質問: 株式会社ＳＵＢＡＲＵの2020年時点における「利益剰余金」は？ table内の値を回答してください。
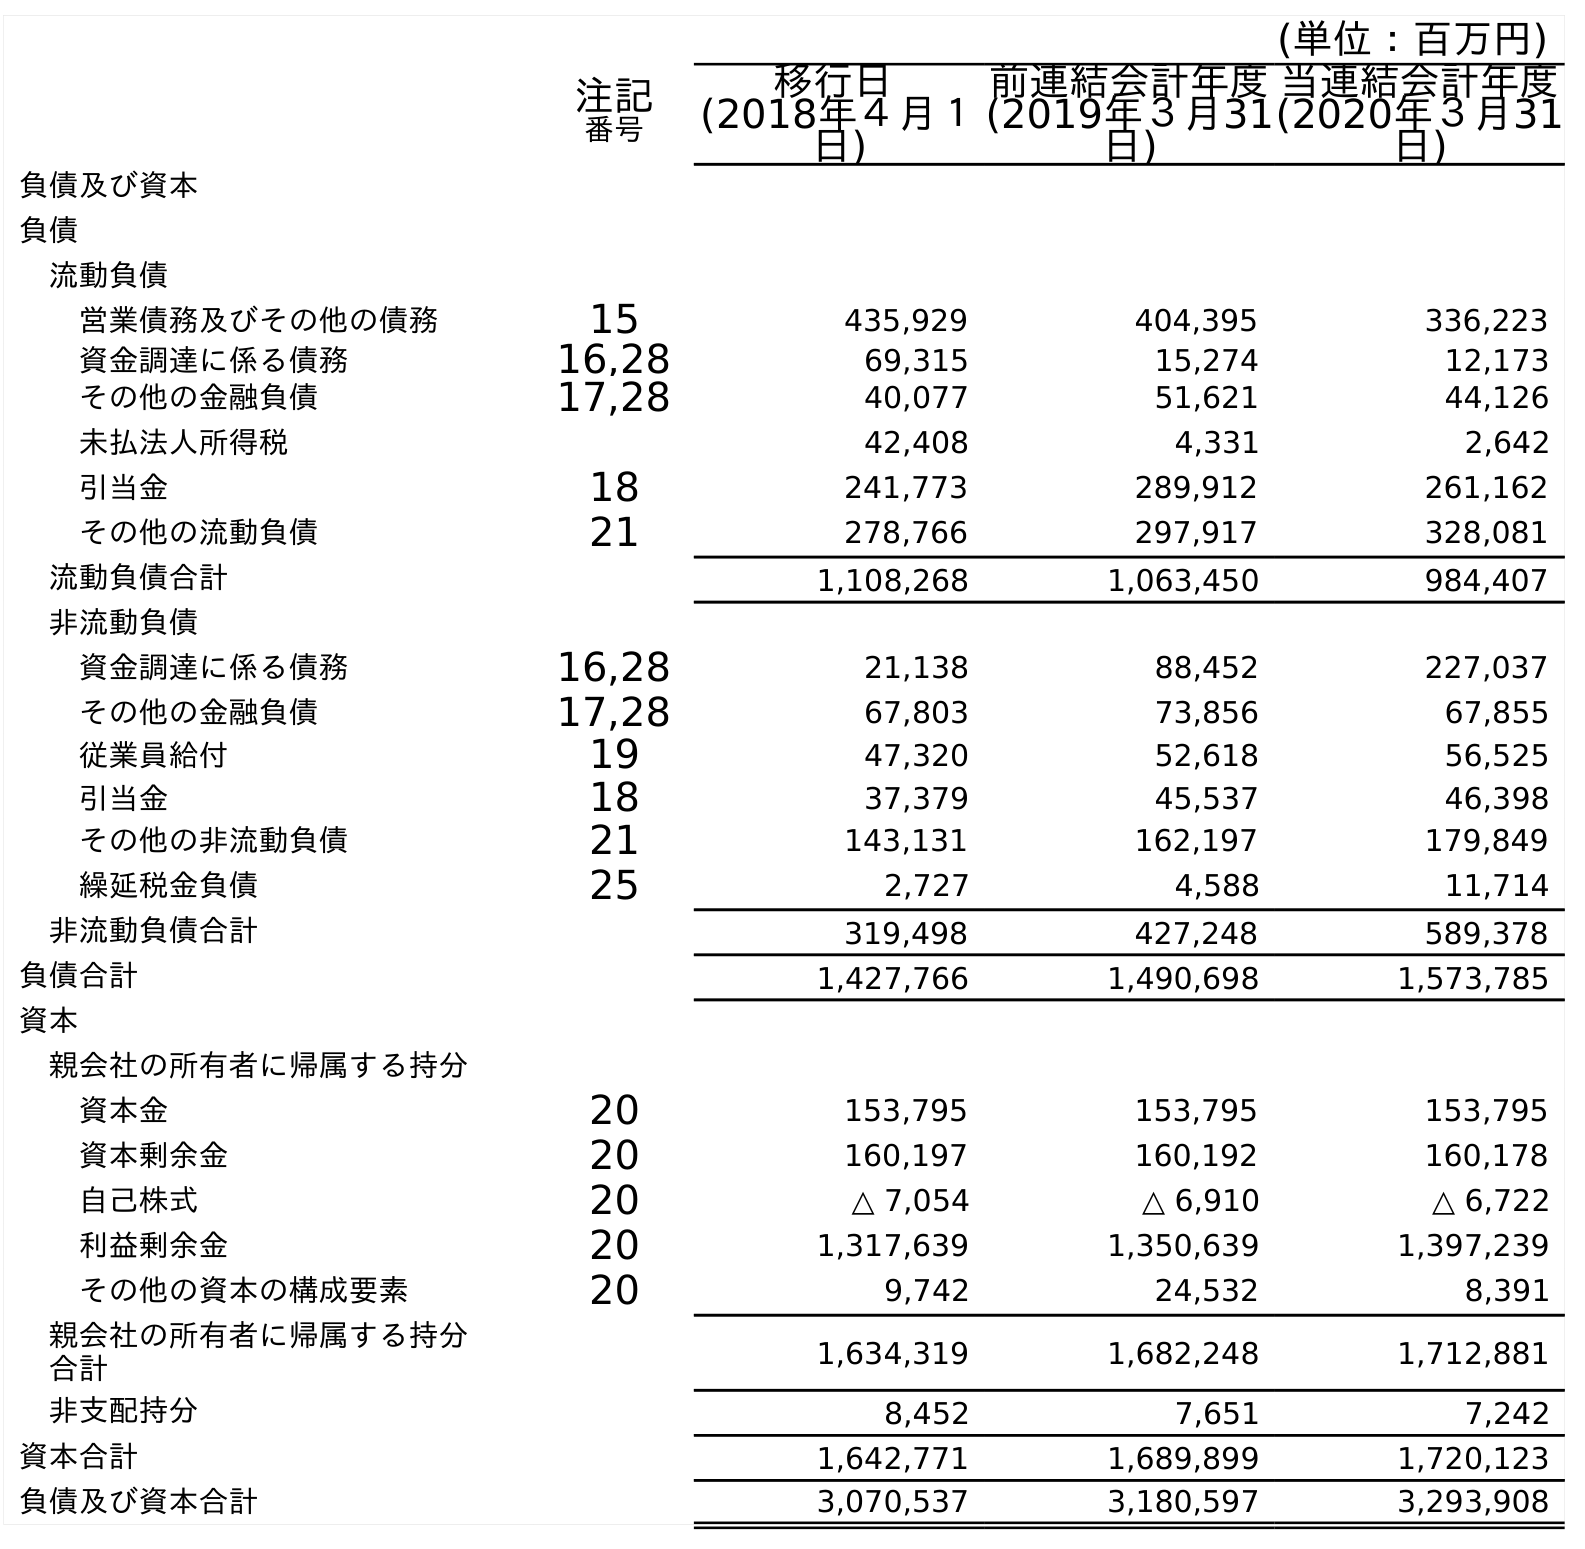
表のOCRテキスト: (単位：百万円) 注記 番号 移行日 (2018年４月１ 日) 前連結会計年度 (2019年３月31 日) 当連結会計年度 (2020年３月31 日) 負債及び資本 負債 流動負債 営業債務及びその他の債務 15 435,929 404,395 336,223 資金調達に係る債務 16,28 69,315 15,274 12,173 その他の金融負債 17,28 40,077 51,621 44,126 未払法人所得税 42,408 4,331 2,642 引当金 18 241,773 289,912 261,162 その他の流動負債 21 278,766 297,917 328,081 流動負債合計 1,108,268 1,063,450 984,407 非流動負債 資金調達に係る債務 16,28 21,138 88,452 227,037 その他の金融負債 17,28 67,803 73,856 67,855 従業員給付 19 47,320 52,618 56,525 引当金 18 37,379 45,537 46,398 その他の非流動負債 21 143,131 162,197 179,849 繰延税金負債 25 2,727 4,588 11,714 非流動負債合計 319,498 427,248 589,378 負債合計 1,427,766 1,490,698 1,573,785 資本 親会社の所有者に帰属する持分 資本金 20 153,795 153,795 153,795 資本剰余金 20 160,197 160,192 160,178 自己株式 20 △ 7,054 △ 6,910 △ 6,722 利益剰余金 20 1,317,639 1,350,639 1,397,239 その他の資本の構成要素 20 9,742 24,532 8,391 親会社の所有者に帰属する持分 合計 1,634,319 1,682,248 1,712,881 非支配持分 8,452 7,651 7,242 資本合計 1,642,771 1,689,899 1,720,123 負債及び資本合計 3,070,537 3,180,597 3,293,908
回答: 1,397,239